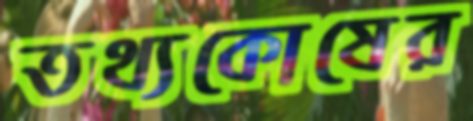
তথ্যকোষের